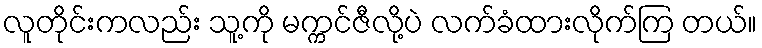
လူတိုင်းကလည်း သူ့ကို မက္ကင်ဇီလို့ပဲ လက်ခံထားလိုက်ကြ တယ်။